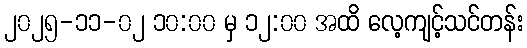
၂၀၂၅-၁၁-၀၂ ၁၀:၀၀ မှ ၁၂:၀၀ အထိ လေ့ကျင့်သင်တန်း